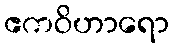
ဧကဝိဟာရော